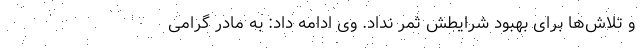
و تلاش‌ها برای بهبود شرایطش ثمر نداد. وی ادامه داد: به مادر گرامی